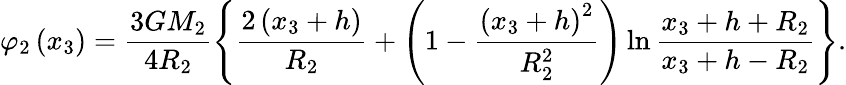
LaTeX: \varphi_{2}\left(x_{3}\right)=\displaystyle\frac{3GM_{2}}{4R_{2}}\left\lbrace\frac{2\left(x_{3}+h\right)}{R_{2}}+\left(1-\frac{\left(x_{3}+h\right)^{2}}{R_{2}^{2}}\right)\ln\frac{x_{3}+h+R_{2}}{x_{3}+h-R_{2}}\right\rbrace.